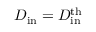
D _ { \mathrm { i n } } = D _ { \mathrm { i n } } ^ { \mathrm { t h } }